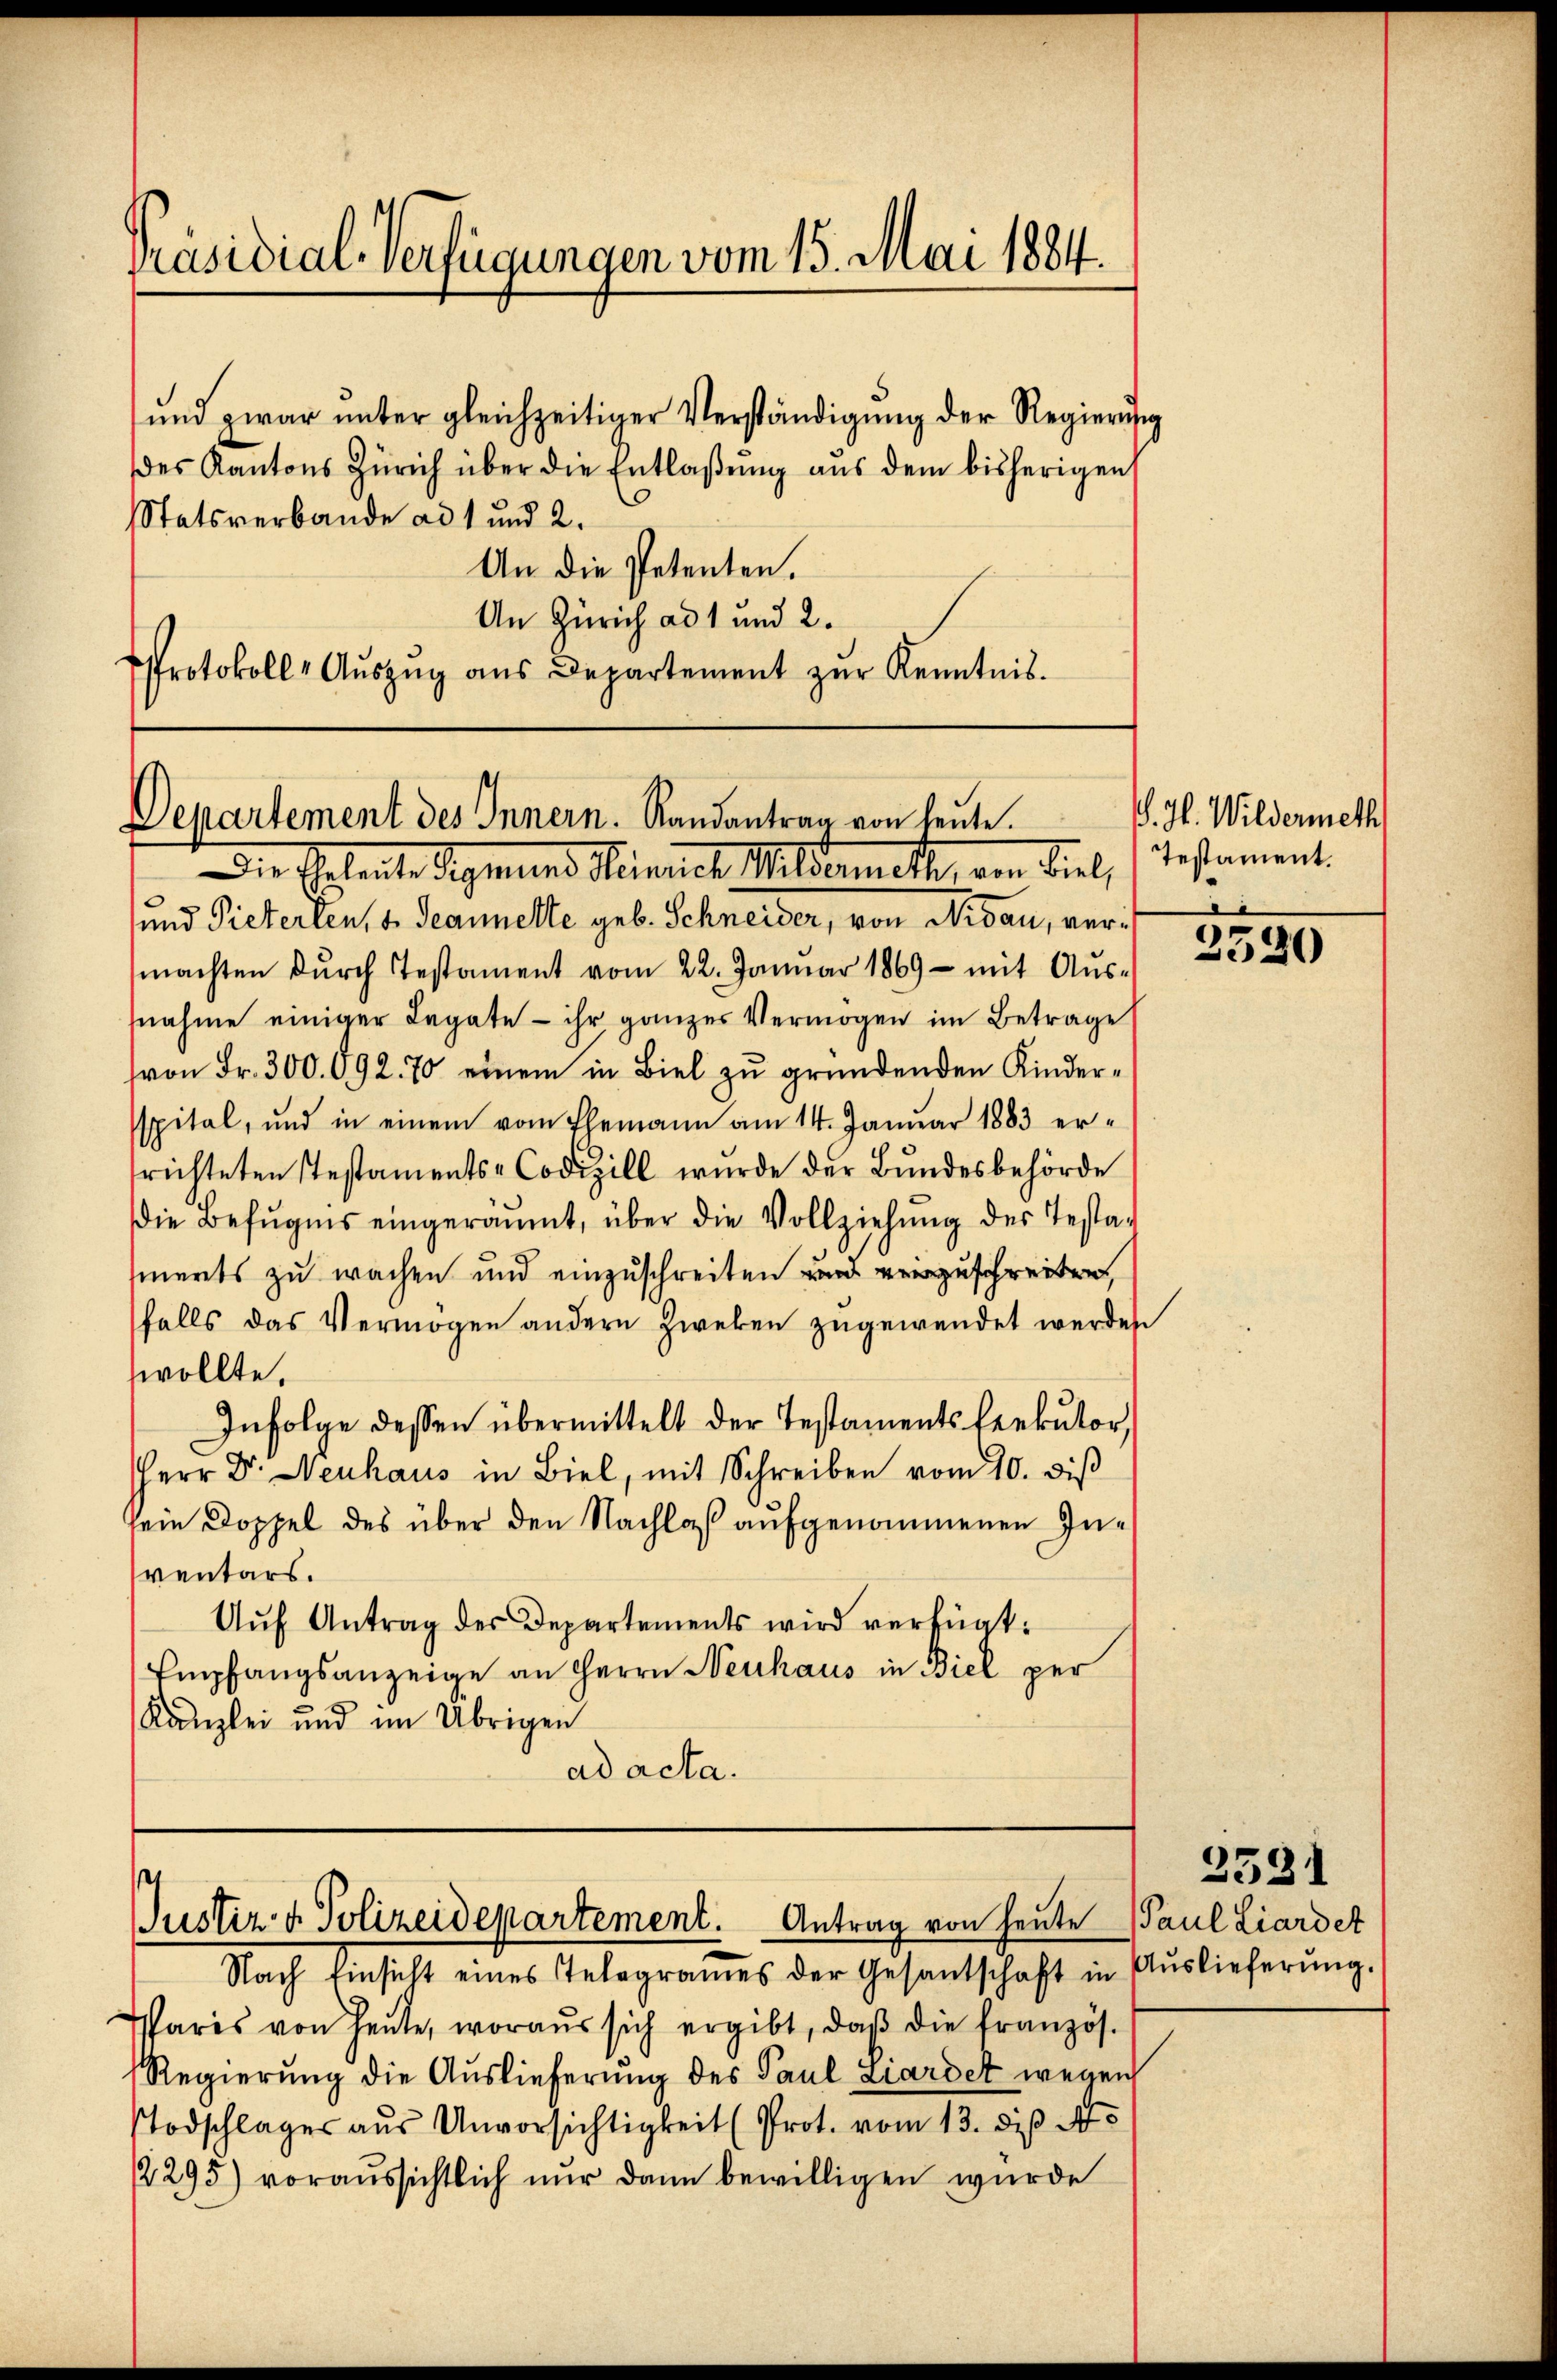
Präsidial-Verfügungen vom 15. Mai 1884.

ŭnd zwar ŭnter gleichzeitiger Verständigŭng der Regierung
des Kantons Zürich über die Entlaßung aus dem bisherigen
Statsverbande ad 1 und 2.
An die Petenten.
An Zürich ad 1 und 2.
Protokoll- Aŭszŭg aŭs Departement zŭr Kenntnis.

Departement des Innern. Randantrag von heute.

Justiz- & Polizeidepartement. Antrag von heute Paul Liardet

Die Erleute Sigmund Heinrich Mildenmatt, von Biel,
und Pieterten, 4. Jeannette geb. Schneider, von Nidau, vermachten durch Testament vom 22. Januar 1869 - mit Ausnahme einiger Legate ihr ganzer Vermögen im Betrage
von Fr. 300. 692. 70 einem in Biel zu gründenden Kinderspital, und in einem vom Ehemann am 14. Janŭar 1883 er-
srichteten Testaments-Codizill wurde der Bŭndesbehörde
Die Befugnis eingeräumt, über die Vollziehŭng des Testa-
sierts zu wachen und einzuschreiten und einzuschreiten,
falls das Vermögen andern Zweken zugewendet werden
wollte.
Infolge dessen übermittelt der Testaments seekutor,
Herr Dr. Neuhaus in Biel, mit Schreiben vom 10. diβ
sein Doppel des über den Nachlaß aufgenommenen Inventars.
Aŭf Antrag der Departements wird verfügt:
Empfangsanzeige an Herrn Neuhaus in Biel per
Kanzlei und im Übrigen
ad acta.

V. H. Wildermeth
Testament.
.

Nach Einsicht eines Telegrames der Gesantschaft in Aŭslieferŭng.
paris von Heute, woraus sich ergibt, daβ die französ.
Regierung die Auslieferung des Paul Liardet wegen
Todschlages aus Unvorsichtigkeit (Prot. vom 13. dieß d
2295) voraussichtlich nŭr dann bewilligen wurde

2590

2531